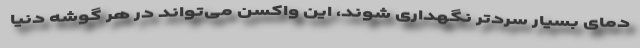
دمای بسیار سردتر نگهداری شوند، این واکسن می‌تواند در هر گوشه دنیا